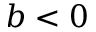
b < 0